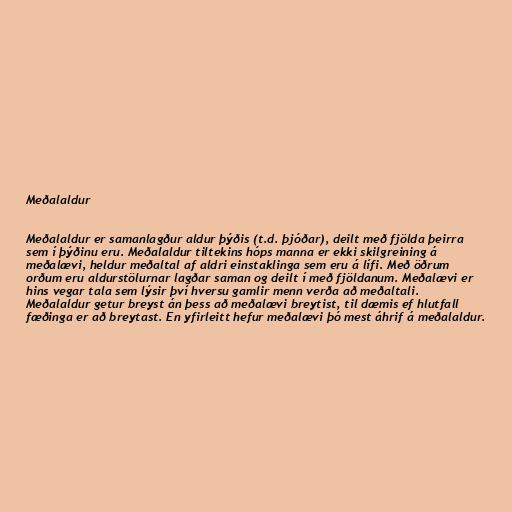
Meðalaldur

Meðalaldur er samanlagður aldur þýðis (t.d. þjóðar), deilt með fjölda þeirra
sem í þýðinu eru. Meðalaldur tiltekins hóps manna er ekki skilgreining á
meðalævi, heldur meðaltal af aldri einstaklinga sem eru á lífi. Með öðrum
orðum eru aldurstölurnar lagðar saman og deilt í með fjöldanum. Meðalævi er
hins vegar tala sem lýsir því hversu gamlir menn verða að meðaltali.
Meðalaldur getur breyst án þess að meðalævi breytist, til dæmis ef hlutfall
fæðinga er að breytast. En yfirleitt hefur meðalævi þó mest áhrif á meðalaldur.